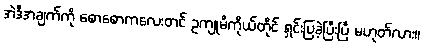
အဲဒီအချက်ကို စောစောကလေးတင် ဥကျုမိကိုယ်တိုင် ရှင်းပြခဲ့ပြီးပြီ မဟုတ်လား။